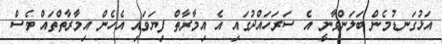
އަޅުގަނޑުމެެން ބަލަންވާނީ އެ ސަރަހައްދުގައި އެ އިމާރާތް ފިިޔަވައި އެހެން އިމާރާތްތައް ވެސް